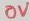
Text: 0V